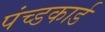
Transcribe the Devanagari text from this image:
पंच्डकार्ड